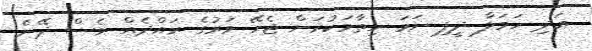
އަދި ހަމަލާ ދީފި ނަމަ ހިތާމަކުރަން ޖެހޭ ވަރުގެ ރައްދެއް ވެސް ދޭނެ